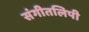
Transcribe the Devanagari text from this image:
संगीतलिपी